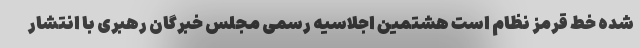
شده خط قرمز نظام است هشتمین اجلاسیه رسمی مجلس خبرگان رهبری با انتشار